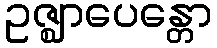
ဥဇ္ဈာပေန္တော